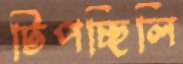
টিপচ্ছিলি